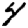
Digit: 4